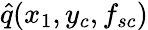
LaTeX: \hat{q}(x_{1},y_{c},f_{sc})